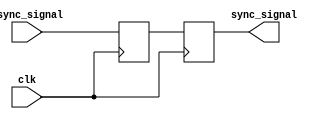
module dual_ff_synchronizer (
    input wire clk,              // Receiving clock
    input wire async_signal,     // Asynchronous input signal
    output reg sync_signal       // Synchronized output signal
);

// Internal signals for the first flip-flop
reg ff1_out;

// First D Flip-Flop
always @(posedge clk) begin
    ff1_out <= async_signal;    // Sample asynchronous signal
end

// Second D Flip-Flop
always @(posedge clk) begin
    sync_signal <= ff1_out;     // Transfer output of FF1 to FF2
end

endmodule